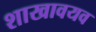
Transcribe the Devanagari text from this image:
शाखावयव